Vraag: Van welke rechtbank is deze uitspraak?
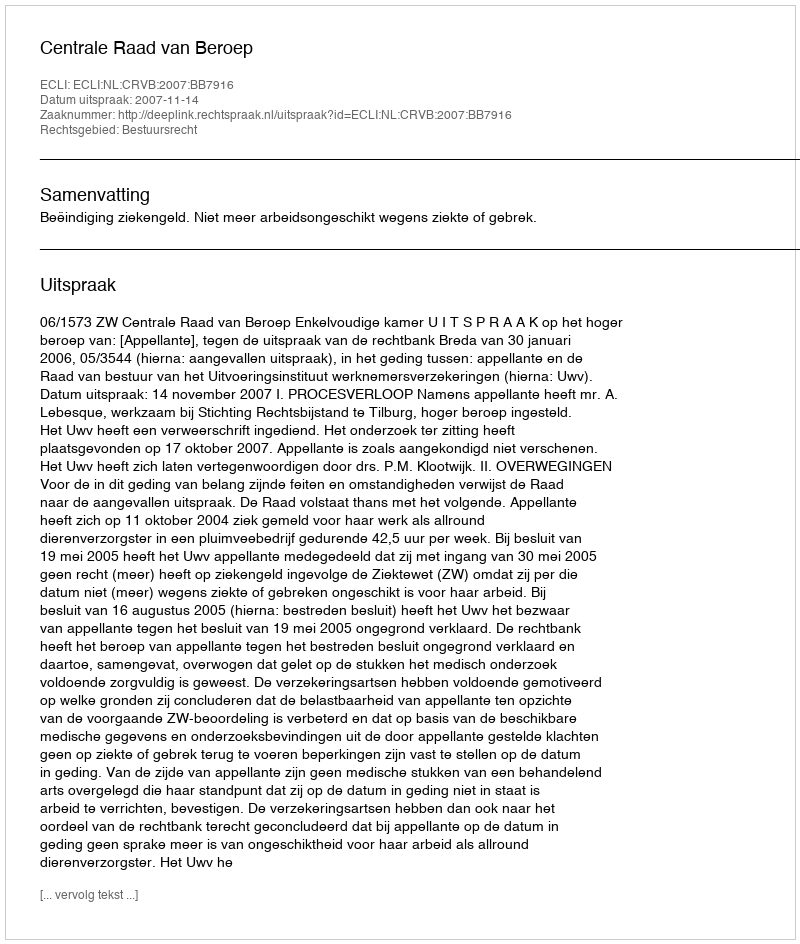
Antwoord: Centrale Raad van Beroep